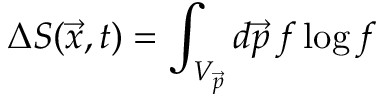
\Delta S ( \vec { x } , t ) = \int _ { V _ { \vec { p } } } d \vec { p } \, f \log f